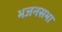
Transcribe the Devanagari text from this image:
भजनसभा